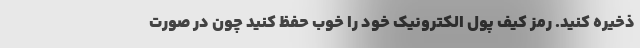
ذخیره کنید. رمز کیف پول الکترونیک خود را خوب حفظ کنید چون در صورت